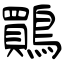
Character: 鷶